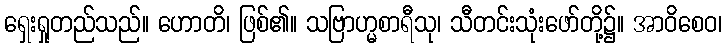
ရှေးရှုတည်သည်။ ဟောတိ၊ ဖြစ်၏။ သဗြာဟ္မစာရီသု၊ သီတင်းသုံးဖော်တို့၌။ အာဝိစေဝ၊